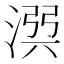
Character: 𣹎